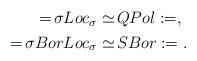
LaTeX: \begin{align*}\begin{aligned} = \!{\sigma Loc}_\sigma &\simeq \!{QPol} := , \\ = \!{\sigma BorLoc}_\sigma &\simeq \!{SBor} := .\end{aligned}\end{align*}